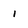
Character: i